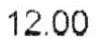
12.00